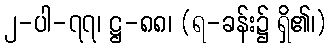
၂-ပါ-၇၇၊ ဋ္ဌ-၈၈၊ (ရ-ခန်း၌ ရှိ၏၊)